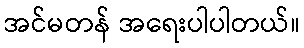
အင်မတန် အရေးပါပါတယ်။